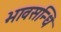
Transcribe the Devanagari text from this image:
भावसन्धि